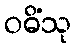
ဝဓိံသု